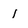
Character: 1